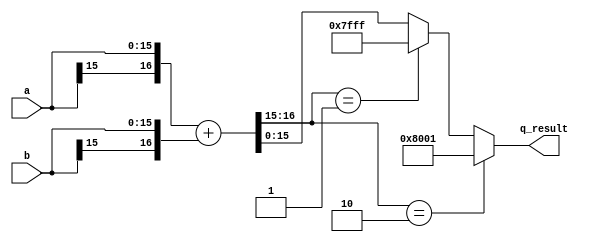
/* -----------------------------------------------------------------------------
MIT License

Copyright (c) 2023 Drexel Distributed, Intelligent, and Scalable COmputing (DISCO) Lab

Permission is hereby granted, free of charge, to any person obtaining a copy
of this software and associated documentation files (the "Software"), to deal
in the Software without restriction, including without limitation the rights
to use, copy, modify, merge, publish, distribute, sublicense, and/or sell
copies of the Software, and to permit persons to whom the Software is
furnished to do so, subject to the following conditions:

The above copyright notice and this permission notice shall be included in all
copies or substantial portions of the Software.

THE SOFTWARE IS PROVIDED "AS IS", WITHOUT WARRANTY OF ANY KIND, EXPRESS OR
IMPLIED, INCLUDING BUT NOT LIMITED TO THE WARRANTIES OF MERCHANTABILITY,
FITNESS FOR A PARTICULAR PURPOSE AND NONINFRINGEMENT. IN NO EVENT SHALL THE
AUTHORS OR COPYRIGHT HOLDERS BE LIABLE FOR ANY CLAIM, DAMAGES OR OTHER
LIABILITY, WHETHER IN AN ACTION OF CONTRACT, TORT OR OTHERWISE, ARISING FROM,
OUT OF OR IN CONNECTION WITH THE SOFTWARE OR THE USE OR OTHER DEALINGS IN THE
SOFTWARE.
// Desc     	: This is an implementation of a signed quantized adder. 
// 		          The output is desiggned to saturate upon positive and negative_overflows.
// -----------------------------------------------------------------------------*/
`timescale 1ns / 1ps

module qadd #(
	//Parameterized values
	parameter N = 16
	)(
	input  [N-1:0]	a,
	input  [N-1:0]	b,
	output [N-1:0] q_result	//output quantized to same number of bits as the input
	);

	localparam MSB = N - 1;			//this is the MSB bit
	localparam N_MINUS_2 = N - 2;	//this is the N - 2

	wire [N-1:0] result;		    //result
	wire extra_bit;			        //extra bit
	wire positive_overflow;		    //positive_overflow bit
	wire negative_overflow;		    //negative_overflow bit

	assign {extra_bit, result} 	= {a[MSB], a} + {b[MSB], b};		    //get the extra bit and also the results
	assign positive_overflow 	= ({extra_bit, result[MSB]} == 2'b01 );	//compute positive_overflow
	assign negative_overflow 	= ({extra_bit, result[MSB]} == 2'b10 );	//compute negative_overflow
	
	//saturate results upon positive_overflow/negative_overflow
	wire [N-1:0] q_positive_overflow;
	wire [N-1:0] q_negative_overflow;

	assign q_positive_overflow 	= positive_overflow  ? { 1'b0, {MSB{1'b1}} } : result;
	assign q_negative_overflow	= negative_overflow ? { 1'b1, {N_MINUS_2{1'b0}}, 1'b1 } : q_positive_overflow;
	assign q_result 		= q_negative_overflow;

endmodule